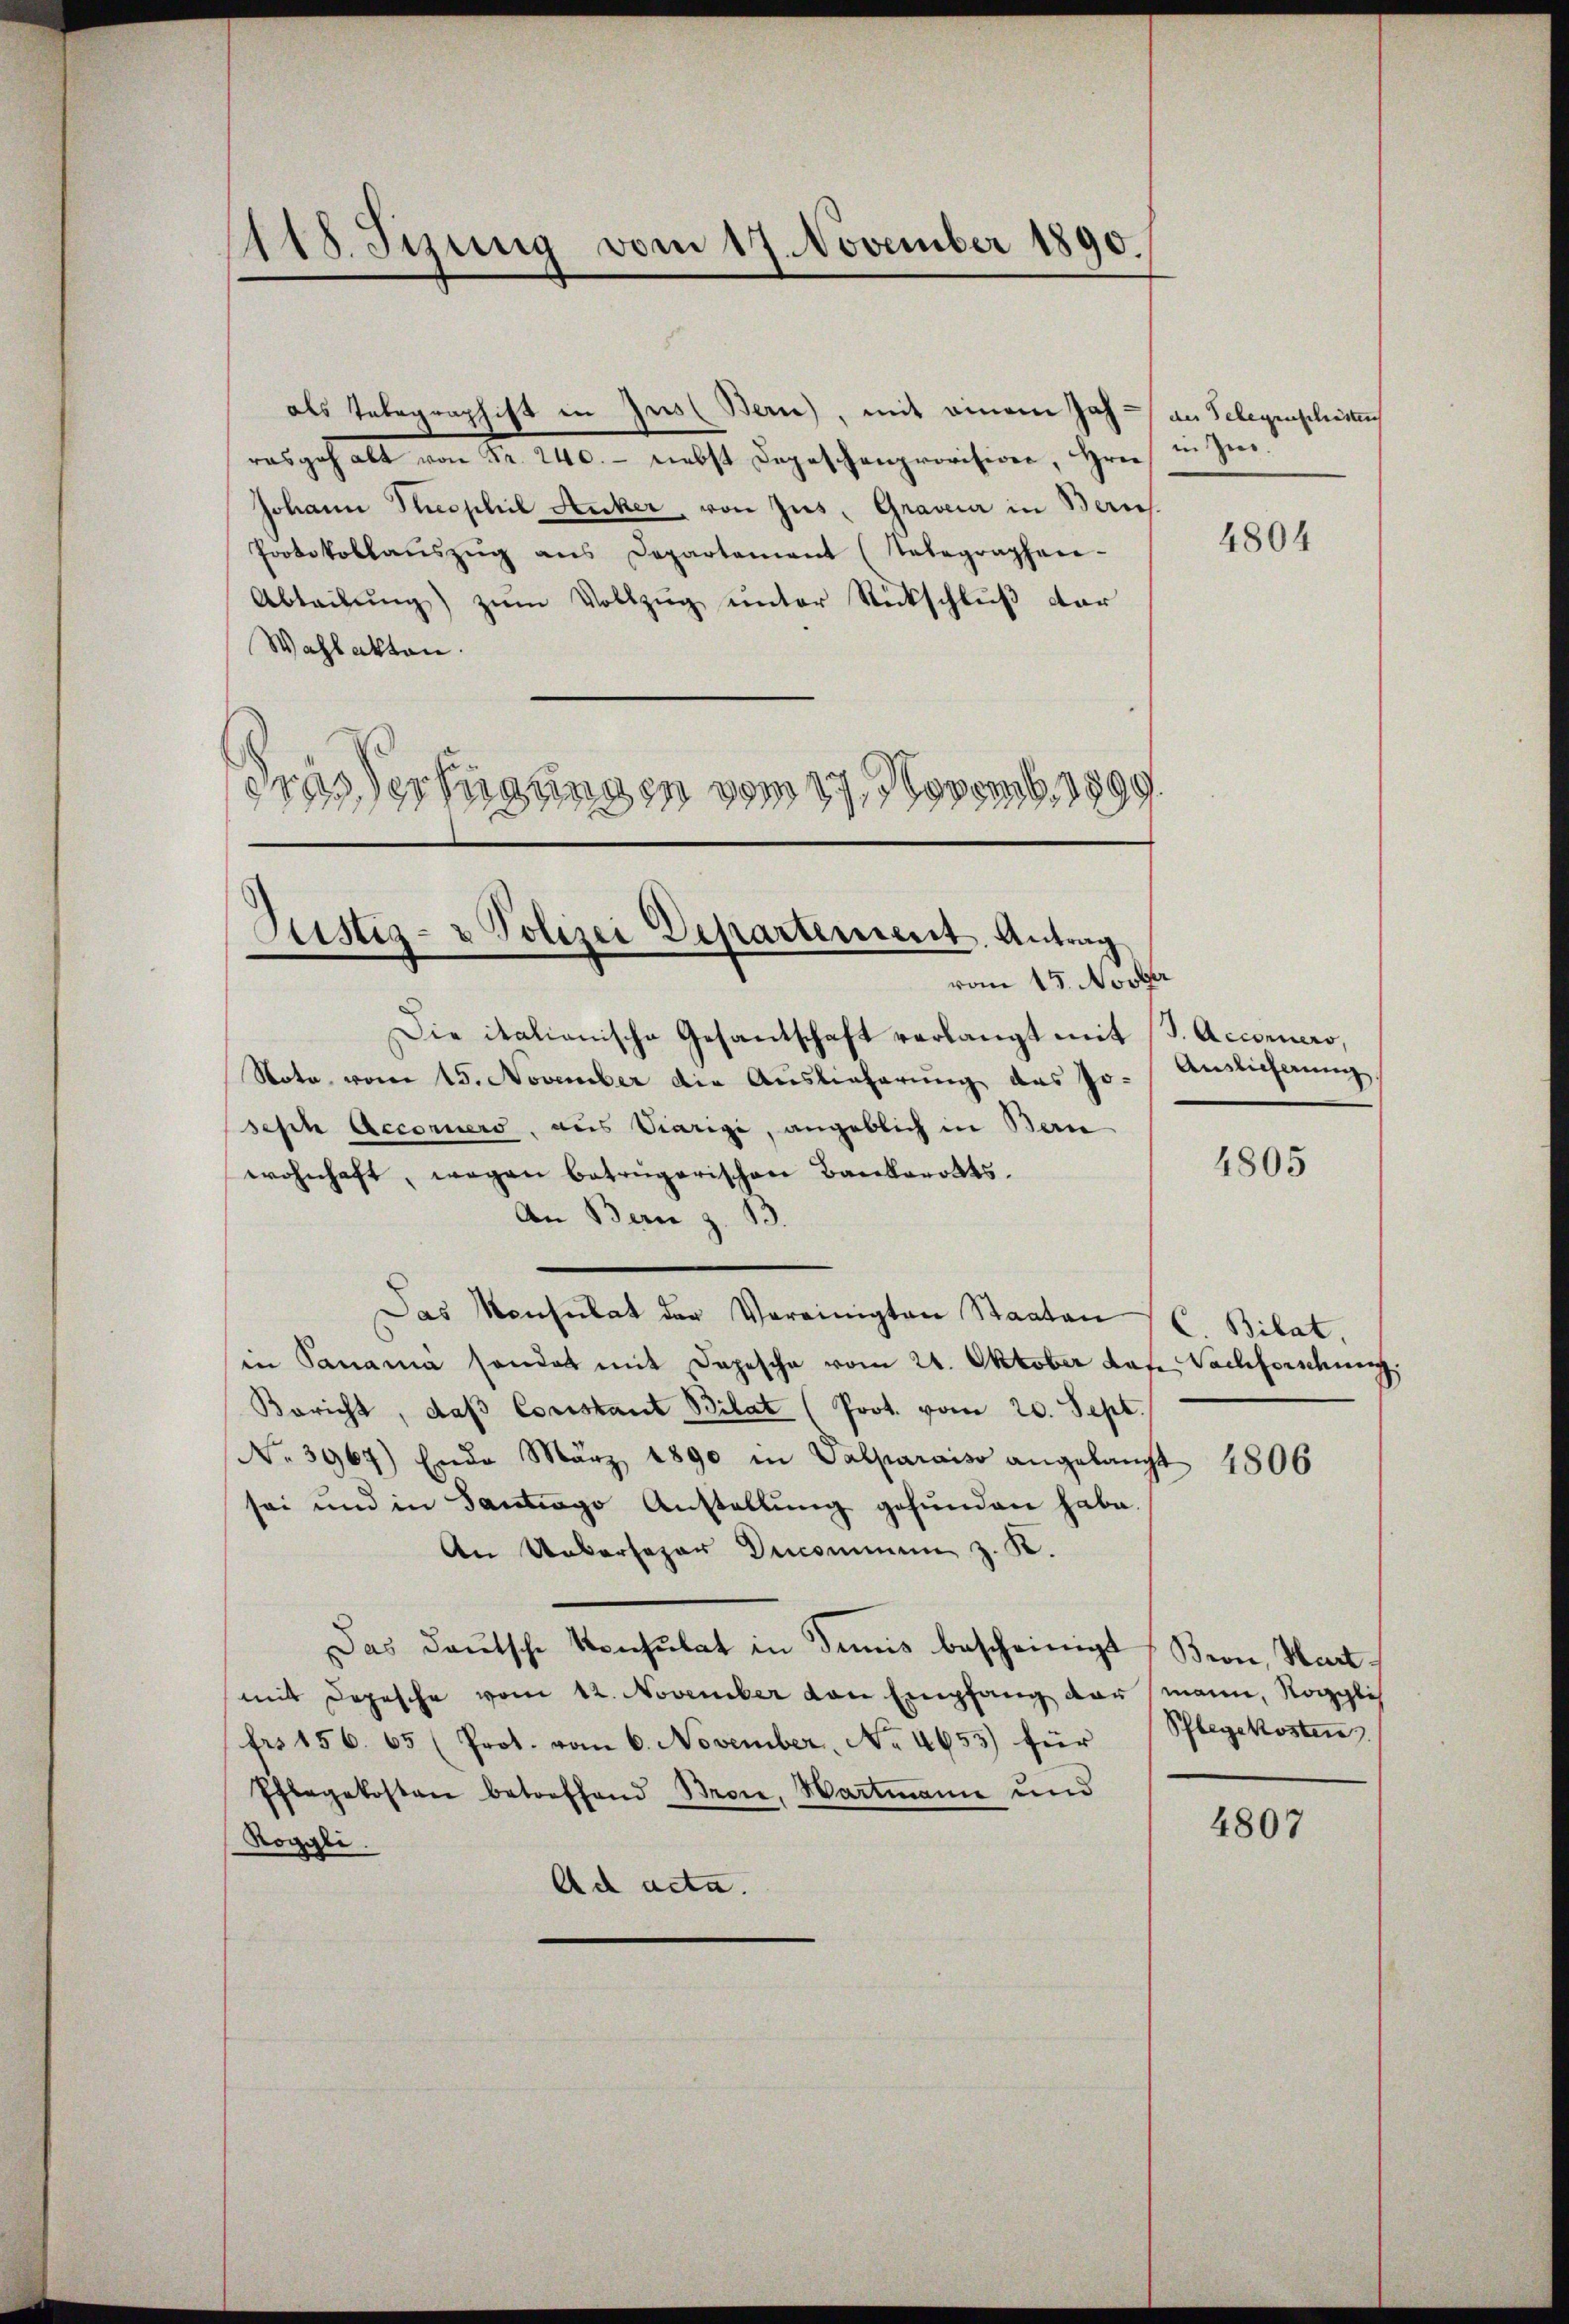
118. Sizung vom 17. November 1890.

als Telegraphift in Ins Bern), mit einem Jah - an Schegenschristen
rasgehalt von Fr. 240.- nebst Depeschenprovision, Hrn. in In¬
Johann Theophil Anker, von Jus, Gravia in Berns.
Protokollaŭszŭg ans Departement (Telegraphen-
Abteilŭng zŭm Vollzŭg ŭnter Rückschlŭβ der
Wahlakten.
drassertigungen vom 17. Novemb. 1899

Justiz- & Polizei Departement. Antrag
vom 15. Novber

Die italianische Gesantschaft verlangt mit J. Accorners,
Note vom 15. November die Auslieferung des Jo-
seph Accorners, aus Viarigi, angeblich in Bern
wohnhaft, wegen betrügerischen Bankerotts.
An Bern z. B.
Das Konsulat der Vereinigten Staaten
in Panama sonder mit Depesche vom 24. Oktober das Nachforschung
Bericht, daβ Constant Bilat (Prot. vom 20. Sept.
No. 3967) Ende März 1890 in Valparaiso angelangt
sei und in Santrago Anstellung gefunden habe.
An Ueberseher Decommen z. K.
Das deutsche Konsulat in Tunis bescheinigt (Bion, Hartmit Depesche vom 12. November von Empfang der mann, Rogglich
fr. 156. 65 (Prot. vom 6. November, No. 4655) für Pflegekosten
Pflegekosten betreffend Broie, Hartmann und
Roggli.
Ad acta.

4804

Auslicherung.

4805

c. Bilat,

4806

4807